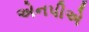
એનપીએ